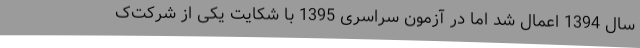
سال 1394 اعمال شد اما در آزمون سراسری 1395 با شکایت یکی از شرکت‌ک